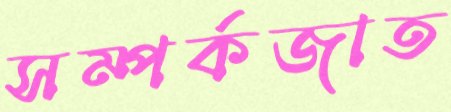
সম্পর্কজাত